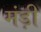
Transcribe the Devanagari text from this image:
मंड़ी